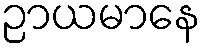
ဉာယမာနေ